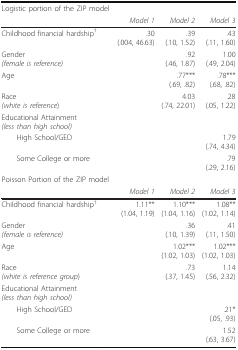
<table><thead><tr><td><b>Logistic portion of the ZIP model</b></td><td></td><td></td><td></td></tr><tr><td></td><td><b><i>Model 1</i></b></td><td><b><i>Model 2</i></b></td><td><b><i>Model 3</i></b></td></tr></thead><tbody><tr><td>Childhood financial hardship<sup>†</sup></td><td>.30(.004, 46.63)</td><td>.39(.10, 1.52)</td><td>.43(.11, 1.60)</td></tr><tr><td>Gender<i>(female is reference)</i></td><td></td><td>.92(.46, 1.87)</td><td>1.00(.49, 2.04)</td></tr><tr><td>Age</td><td></td><td>.77***(.69, .82)</td><td>.78***(.68, .82)</td></tr><tr><td>Race<i>(white is reference</i>)</td><td></td><td>4.03(.74, 22.01)</td><td>.28(.05, 1.22)</td></tr><tr><td>Educational Attainment<i>(less than high school)</i></td><td></td><td></td><td></td></tr><tr><td> High School/GED</td><td></td><td></td><td>1.79(.74, 4.34)</td></tr><tr><td> Some College or more</td><td></td><td></td><td>.79(.29, 2.16)</td></tr><tr><td>Poisson Portion of the ZIP model</td><td></td><td></td><td></td></tr><tr><td></td><td><i>Model 1</i></td><td><i>Model 2</i></td><td><i>Model 3</i></td></tr><tr><td>Childhood financial hardship<sup>†</sup></td><td>1.11**(1.04, 1.19)</td><td>1.10***(1.04, 1.16)</td><td>1.08**(1.02, 1.14)</td></tr><tr><td>Gender<i>(female is reference)</i></td><td></td><td>.36(.10, 1.39)</td><td>.41(.11, 1.50)</td></tr><tr><td>Age</td><td></td><td>1.02***(1.02, 1.03)</td><td>1.02***(1.02, 1.03)</td></tr><tr><td>Race<i>(white is reference group</i>)</td><td></td><td>.73(.37, 1.45)</td><td>1.14(.56, 2.32)</td></tr><tr><td>Educational Attainment<i>(less than high school)</i></td><td></td><td></td><td></td></tr><tr><td> High School/GED</td><td></td><td></td><td>.21*(.05, .93)</td></tr><tr><td> Some College or more</td><td></td><td></td><td>1.52(.63, 3.67)</td></tr></tbody></table>